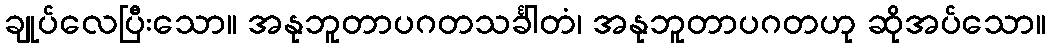
ချုပ်လေပြီးသော။ အနုဘူတာပဂတသင်္ခါတံ၊ အနုဘူတာပဂတဟု ဆိုအပ်သော။